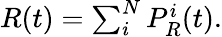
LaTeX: \begin{array}{r}{R(t)=\sum_{i}^{N}{P_{R}^{i}(t)}.}\end{array}